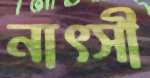
নাত্সী